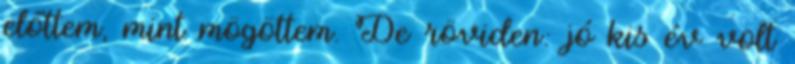
előttem, mint mögöttem. De röviden: jó kis év volt